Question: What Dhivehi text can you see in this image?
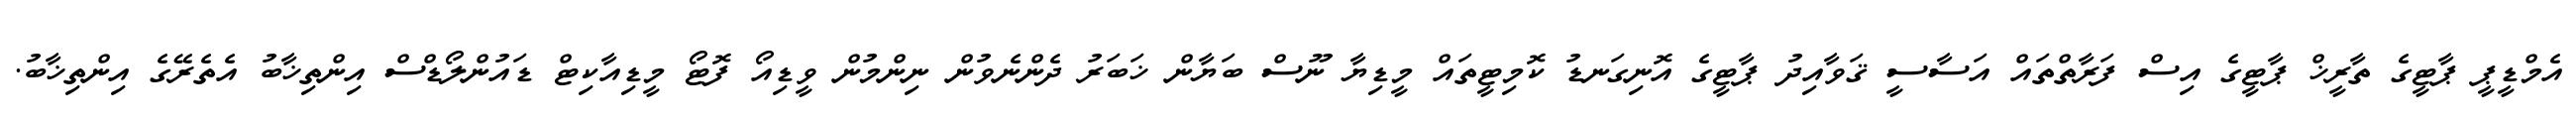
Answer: އެމްޑީޕީ ޕާޓީގެ ތާރީޚް ޕާޓީގެ އިސް ފަރާތްތައް އަސާސީ ޤަވާއިދު ޕާޓީގެ އޮނިގަނޑު ކޮމިޓީތައް މީޑިޔާ ނޫސް ބަޔާން ޚަބަރު ދެންނެވުން ނިންމުން ވީޑިއޯ ފޮޓޯ މީޑިއާކިޓް ޑައުންލޯޑްސް އިންތިޚާބު އެތެރޭގެ އިންތިޚާބު.